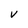
Character: V